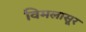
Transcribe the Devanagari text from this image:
विमलासूर